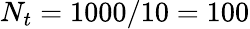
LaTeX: N_{t}=1000/10=100